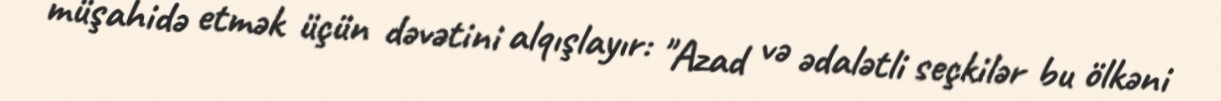
müşahidə etmək üçün dəvətini alqışlayır: "Azad və ədalətli seçkilər bu ölkəni